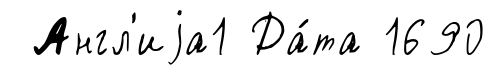
Англ'иjа1 Да́та 1690